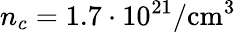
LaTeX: n_{c}=1.7\cdot 10^{21}/\mathrm{cm}^{3}